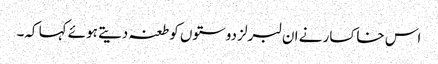
اس خاکسار نے ان لبرلز دوستوں کو طعنہ دیتے ہوئے کہا کہ۔